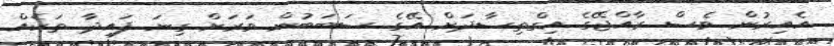
އެއިރުން ވެސް ރާއްޖޭގެ އިގްތިސާދަށް އޭގެ ސަބަބުން ވަރަށް ގިނަ ފައިދާ ތަކެއް